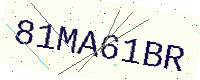
Text: 81MA61BR